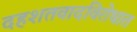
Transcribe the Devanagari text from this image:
दहशतवादविरोधात